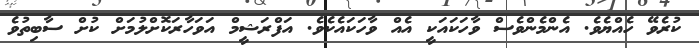
ކުރެވޭ ހެއްޔެވެ. އެންމެންވެސް ވާހަކައަކީ އެއް ވާހަކައެކެވެ. އަފްރަޝީމް އަވަހާރަކޮށްލުމަށް ކުށް ސާބިތުވެ